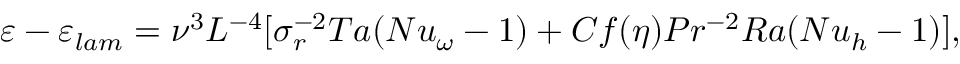
\varepsilon - \varepsilon _ { l a m } = \nu ^ { 3 } L ^ { - 4 } [ \sigma _ { r } ^ { - 2 } T a ( N u _ { \omega } - 1 ) + C f ( \eta ) P r ^ { - 2 } R a ( N u _ { h } - 1 ) ] ,